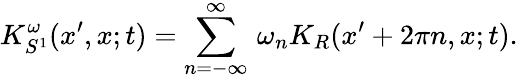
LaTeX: K_{S^{1}}^{\omega}(x^{\prime},x;t)=\sum_{n=-\infty}^{\infty}\, \omega_{n}K_{R}(x^{\prime}+2\pi n,x;t).